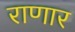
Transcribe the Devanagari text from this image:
राणार